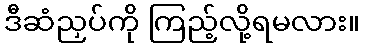
ဒီဆံညှပ်ကို ကြည့်လို့ရမလား။